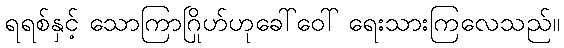
ရရစ်နှင့် သောကြာဂြိုဟ်ဟုခေါ်ဝေါ် ရေးသားကြလေသည်။